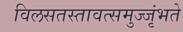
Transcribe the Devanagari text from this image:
विलसतस्तावत्समुज्जृंभते